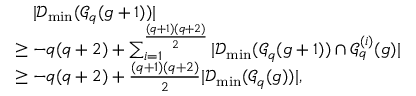
\begin{array} { r l } & { \quad | \mathcal { D } _ { \mathrm { m i n } } ( \mathcal { G } _ { q } ( g + 1 ) ) | } \\ & { \geq - q ( q + 2 ) + \sum _ { i = 1 } ^ { \frac { ( q + 1 ) ( q + 2 ) } { 2 } } | \mathcal { D } _ { \mathrm { m i n } } ( \mathcal { G } _ { q } ( g + 1 ) ) \cap \mathcal { G } _ { q } ^ { ( i ) } ( g ) | } \\ & { \geq - q ( q + 2 ) + \frac { ( q + 1 ) ( q + 2 ) } { 2 } | \mathcal { D } _ { \mathrm { m i n } } ( \mathcal { G } _ { q } ( g ) ) | , } \end{array}